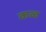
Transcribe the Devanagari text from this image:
कव्व